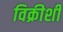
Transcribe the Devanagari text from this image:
विक्रीशी